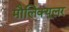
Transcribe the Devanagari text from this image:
मौलिक्यूलर